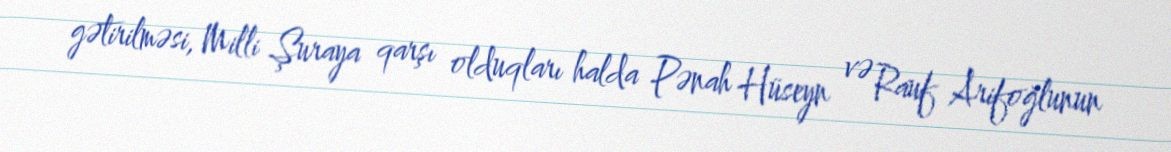
gətirilməsi, Milli Şuraya qarşı olduqları halda Pənah Hüseyn və Rauf Arifoğlunun